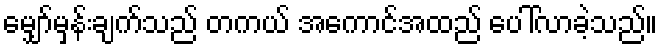
မျှော်မှန်းချက်သည် တကယ် အကောင်အထည် ပေါ်လာခဲ့သည်။